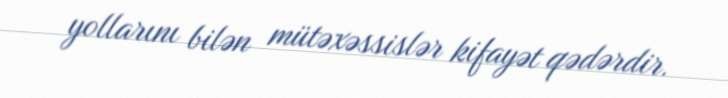
yollarını bilən mütəxəssislər kifayət qədərdir.